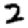
Digit: 2